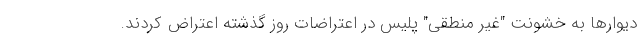
دیوارها به خشونت "غیر منطقی" پلیس در اعتراضات روز گذشته اعتراض کردند.